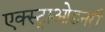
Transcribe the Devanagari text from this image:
एक्स्ट्राओडनरी